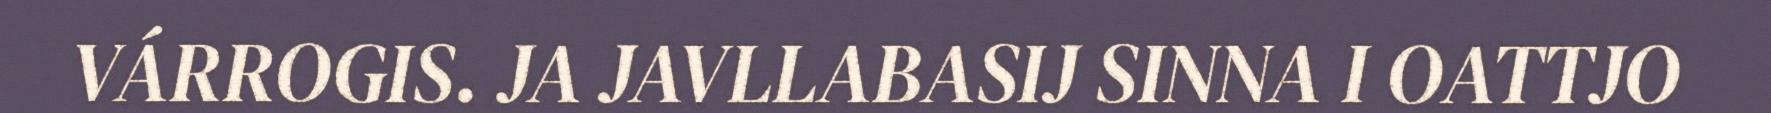
VÁRROGIS. JA JAVLLABASIJ SINNA I OATTJO